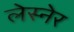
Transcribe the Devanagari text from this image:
लेस्नेर